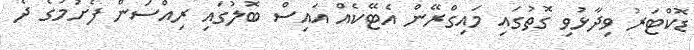
ޑޮކްޓަރު ވިދާޅުވި ގޮތުގައި މައިގްރޭން އެޓޭކެއް އައިސް ބޮލުގައި ރިއްސަން ފެށުމުގެ ދެ